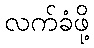
လက်ခံဖို့